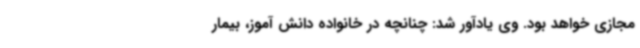
مجازی خواهد بود. وی یادآور شد: چنانچه در خانواده دانش آموز، بیمار